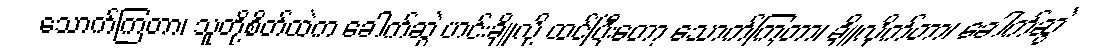
သောက်ကြတာ၊ သူတို့စိတ်ထဲက ခေါက်ဆွဲ ဟင်းချိုလို့ ထင်ပြီးတော့ သောက်ကြတာ၊ ချိုလိုက်တာ၊ ခေါက်ဆွဲ